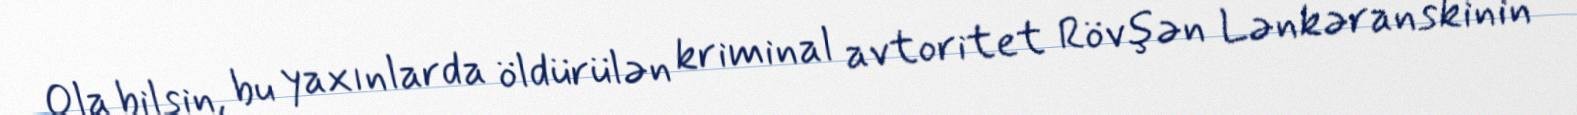
Ola bilsin, bu yaxınlarda öldürülən kriminal avtoritet Rövşən Lənkəranskinin